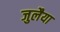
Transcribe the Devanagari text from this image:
जुलैया